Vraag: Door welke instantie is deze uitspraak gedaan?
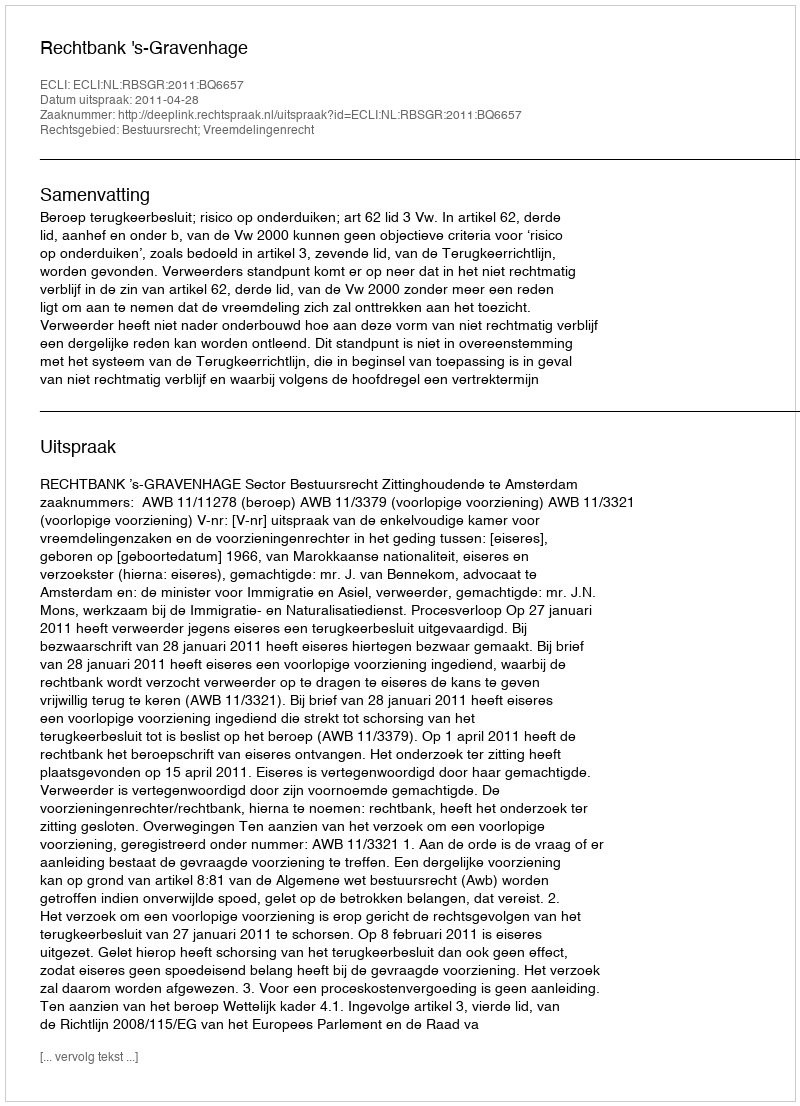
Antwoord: Rechtbank 's-Gravenhage